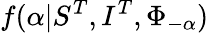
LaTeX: f(\alpha|S^{T},I^{T},\Phi_{-\alpha})